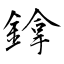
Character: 鎿